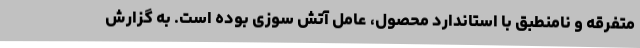
متفرقه و نامنطبق با استاندارد محصول، عامل آتش سوزی بوده است. به گزارش